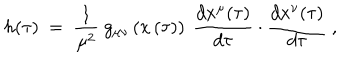
LaTeX: h ( \tau ) \ = \ \frac { 1 } { \mu ^ { 2 } } \ g _ { \mu \nu } \left( x \left( \tau \right) \right) \ \frac { d x ^ { \mu } ( \tau ) } { d \tau } \cdot \frac { d x ^ { \nu } ( \tau ) } { d \tau } \ ,